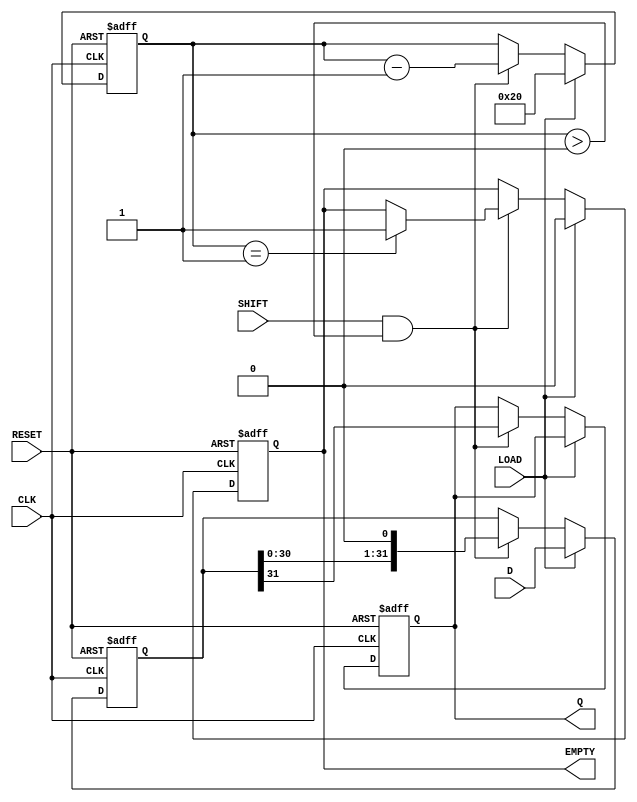
module PISO_32bit (
    input  wire [31:0] D,       // Parallel data input
    input  wire LOAD,           // Load control signal
    input  wire SHIFT,          // Shift control signal
    input  wire CLK,            // Clock signal
    input  wire RESET,          // Asynchronous reset
    output reg  Q,              // Serial output
    output reg  EMPTY           // Indicates when the register is empty
);

    reg [31:0] storage;         // Internal storage for the 32 bits
    reg [5:0] shift_count;      // Counter to track the number of bits shifted out

    always @(posedge CLK or posedge RESET) begin
        if (RESET) begin
            storage <= 32'b0;     // Clear storage
            Q <= 1'b0;            // Clear serial output
            EMPTY <= 1'b1;        // Register is empty
            shift_count <= 6'b0;  // Reset shift count
        end else begin
            if (LOAD) begin
                storage <= D;      // Load parallel data into storage
                EMPTY <= 1'b0;    // Register is not empty after loading
                shift_count <= 6'd32; // Preparing to shift all bits
            end else if (SHIFT && shift_count > 0) begin
                Q <= storage[31];   // Shift out the MSB
                storage <= {storage[30:0], 1'b0}; // Shift left, fill LSB with 0
                shift_count <= shift_count - 1; // Decrement shift count
                
                // Update EMPTY signal based on the shift count
                if (shift_count == 1) begin
                    EMPTY <= 1'b1;   // Set EMPTY signal when all bits shifted out
                end
            end
        end
    end

endmodule